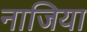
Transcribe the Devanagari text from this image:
नाजिया